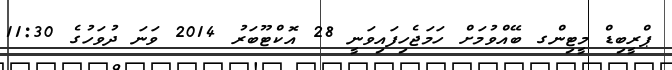
ޕްރީބިޑް މީޓިންގ ބޭއްވުމަށް ހަމަޖެހިފައިވަނީ 28 އޮކްޓޫބަރު 2014 ވަނަ ދުވަހުގެ 11:30